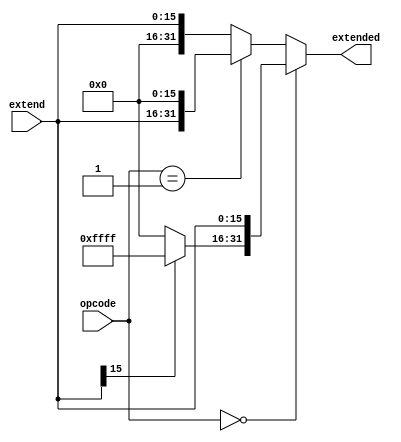
module sign_extend(opcode, extend, extended);

	input [1:0] opcode;
	input [15:0] extend;
	output [31:0] extended;

	wire [31:0] extendedWithSignal, extendedZeroOnLow, extendedZeroOnHigh;

	assign extendedWithSignal[31:16] = (extend[15]) ? 16'b1111111111111111 : 16'b0 ;
	assign extendedWithSignal[15:0] = extend;

	assign extendedZeroOnLow[31:16] = extend;
	assign extendedZeroOnLow[15:0] = 16'b0;

	assign extendedZeroOnHigh[31:16] = 16'b0;
	assign extendedZeroOnHigh[15:0] = extend;

	assign extended = (opcode == 2'b00) ? extendedWithSignal
			: (opcode == 2'b01) ? extendedZeroOnLow
			: extendedZeroOnHigh;

endmodule